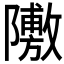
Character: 𲉣